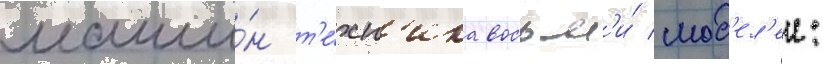
маши́н т'е́хн'ика восьм'и́ мод'ел'еи: